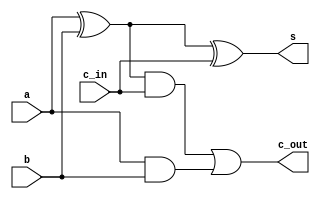
`timescale 10ns/1ns
module sum1bit (s,c_out,a,b,c_in);

input a,b,c_in;
output s,c_out;
wire s1,s2,c1;
xor(s1,a,b);
and(c1,a,b);
xor(s,s1,c_in);
and(c2,s1,c_in);
or(c_out,c2,c1);
  endmodule


module sum4bit (s,c_out,a,b,c_in);
input [3:0] a,b;
input c_in;
output [3:0] s;
output c_out;
wire c1,c2,c3;
   sum1bit s0(s[0],c1,a[0],b[0],c_in);
   sum1bit s1(s[1],c2,a[1],b[1],c1);
   sum1bit s2(s[2],c3,a[2],b[2],c2);
   sum1bit s3(s[3],c_out,a[3],b[3],c3);

endmodule

module sum4bitop(s,c_out,a,b,c_in);
input [3:0] a,b;
input c_in;
output [3:0] s;
output c_out;

assign {c_out,s}=a+b+c_in;
endmodule

module simulare;
reg [3:0] a,b;
reg ci;
wire [3:0] s;
wire co;

sum4bitop sum(s,co,a,b,ci);
initial
 begin
     a=4'd2;b=4'd3;ci=4'd1;
   #5a=4'd9;b=4'd4;ci=4'd0;
   #5a=4'd10;b=4'd11;ci=4'd1;
  
   #5 $finish;
 end
initial
  $monitor ("%d +%d si %d ->S=%d  si CO=%d",a,b,ci,s,co);

endmodule